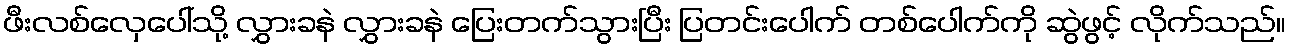
ဖီးလစ်လှေပေါ်သို့ လွှားခနဲ လွှားခနဲ ပြေးတက်သွားပြီး ပြတင်းပေါက် တစ်ပေါက်ကို ဆွဲဖွင့် လိုက်သည်။